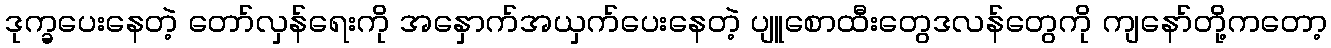
ဒုက္ခပေးနေတဲ့ တော်လှန်ရေးကို အနှောက်အယှက်ပေးနေတဲ့ ပျူစောထီးတွေဒလန်တွေကို ကျနော်တို့ကတော့